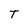
Character: T